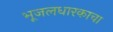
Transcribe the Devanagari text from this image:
भूजलधारकाचा